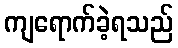
ကျရောက်ခဲ့ရသည်